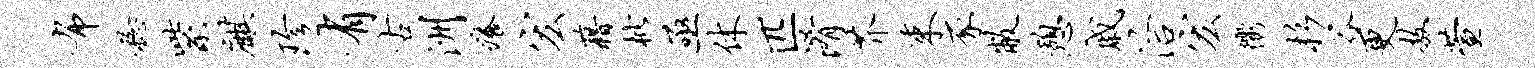
布稔紫麒珍有古洲痒宏藉枇亟休匹淆芥束豕敝憩戚洽宏衢杉谷更敖萱